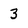
Character: 3